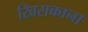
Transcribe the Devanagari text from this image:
खिसकाना